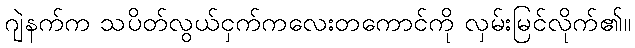
ဂျဲနက်က သပိတ်လွယ်ငှက်ကလေးတကောင်ကို လှမ်းမြင်လိုက်၏။